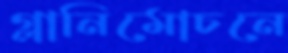
গ্লানিমোচনে